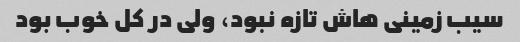
سیب زمینی هاش تازه نبود، ولی در کل خوب بود